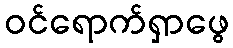
ဝင်ရောက်ရှာဖွေ